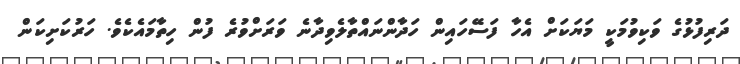
ދަރިފުޅުގެ ވަކިވުމަކީ މަޔަކަށް އެހާ ފަސޭހައިން ހަދާންނައްތާލެވިދާނެ ވަރަށްވުރެ ފުން ހިތާމައެކެވެ. ހަރުކަށިކަން